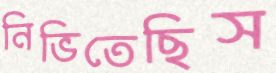
নিভিতেছিস